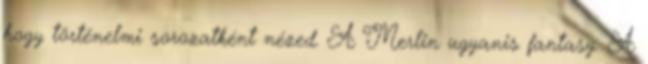
hogy történelmi sorozatként nézed. A Merlin ugyanis fantasy. A